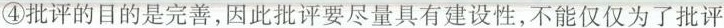
④批评的目的是完善，因此批评要尽量具有建设性，不能仅仅为了批评